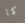
كما